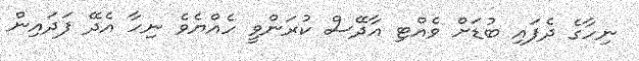
ނިހާގެ ދެފައި ބުޑަށް ވެއްޓި އާދޭސް ކުރަންވީ ހެއްޔެވެ ނިހާ އެދޭ ފަދައިން